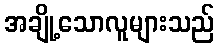
အချို့သောလူများသည်